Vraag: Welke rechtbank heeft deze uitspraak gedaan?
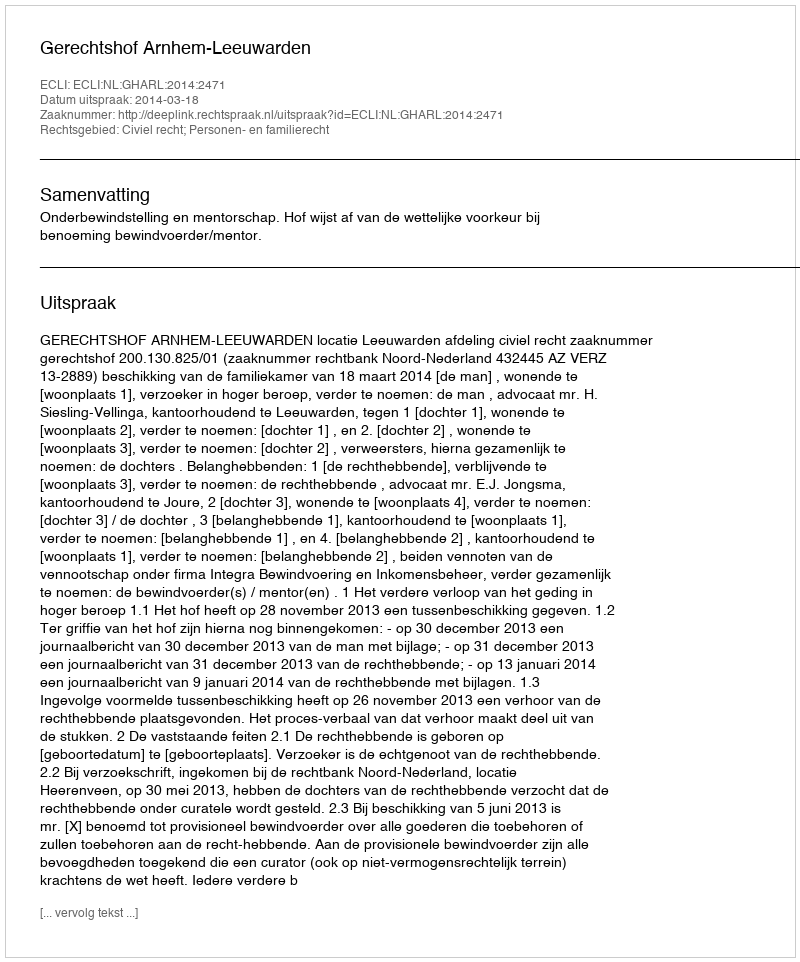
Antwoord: Gerechtshof Arnhem-Leeuwarden